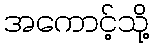
အကောင့်သို့